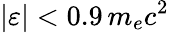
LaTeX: |\varepsilon|<0.9\, m_{e}c^{2}